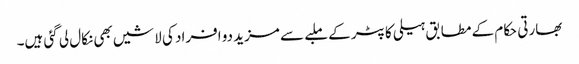
بھارتی حکام کے مطابق ہیلی کاپٹر کے ملبے سے مزید دو افراد کی لاشیں بھی نکال لی گئی ہیں۔